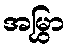
အမြွှာ